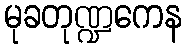
မုခတုဏ္ဍကေန